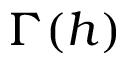
\Gamma ( h )